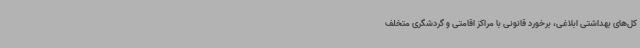
کل‌های بهداشتی ابلاغی، برخورد قانونی با مراکز اقامتی و گردشگری متخلف